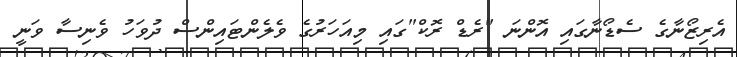
އެރިޒޯނާގެ ސެޑޯނާގައި އޮންނަ "ރެޑް ރޮކް"ގައި މިއަހަރުގެ ވެލެންޓައިންސް ދުވަހު ވެނިސާ ވަނީ